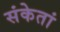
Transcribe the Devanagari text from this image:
संकेतां